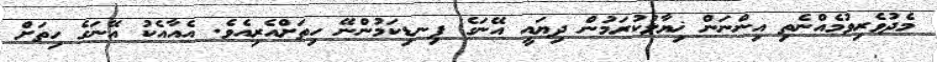
މެދުވެރިވުމެއްނެތި އިންނަން ޚިޔާލުކުރަމުން ދިޔައީ އޭނަގެ ފިނޑިކަމުންނޭ ހިތަށްއެރިއެވެ. އެއާއެކު އޭނަގެ ހިތަށް